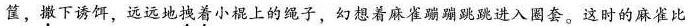
筐，撒下诱饵，远远地拽着小棍上的绳子，幻想着麻雀蹦蹦跳跳进入圈套。这时的麻雀比